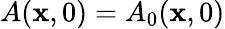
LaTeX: A(\mathbf{x},0)=A_{0}(\mathbf{x},0)